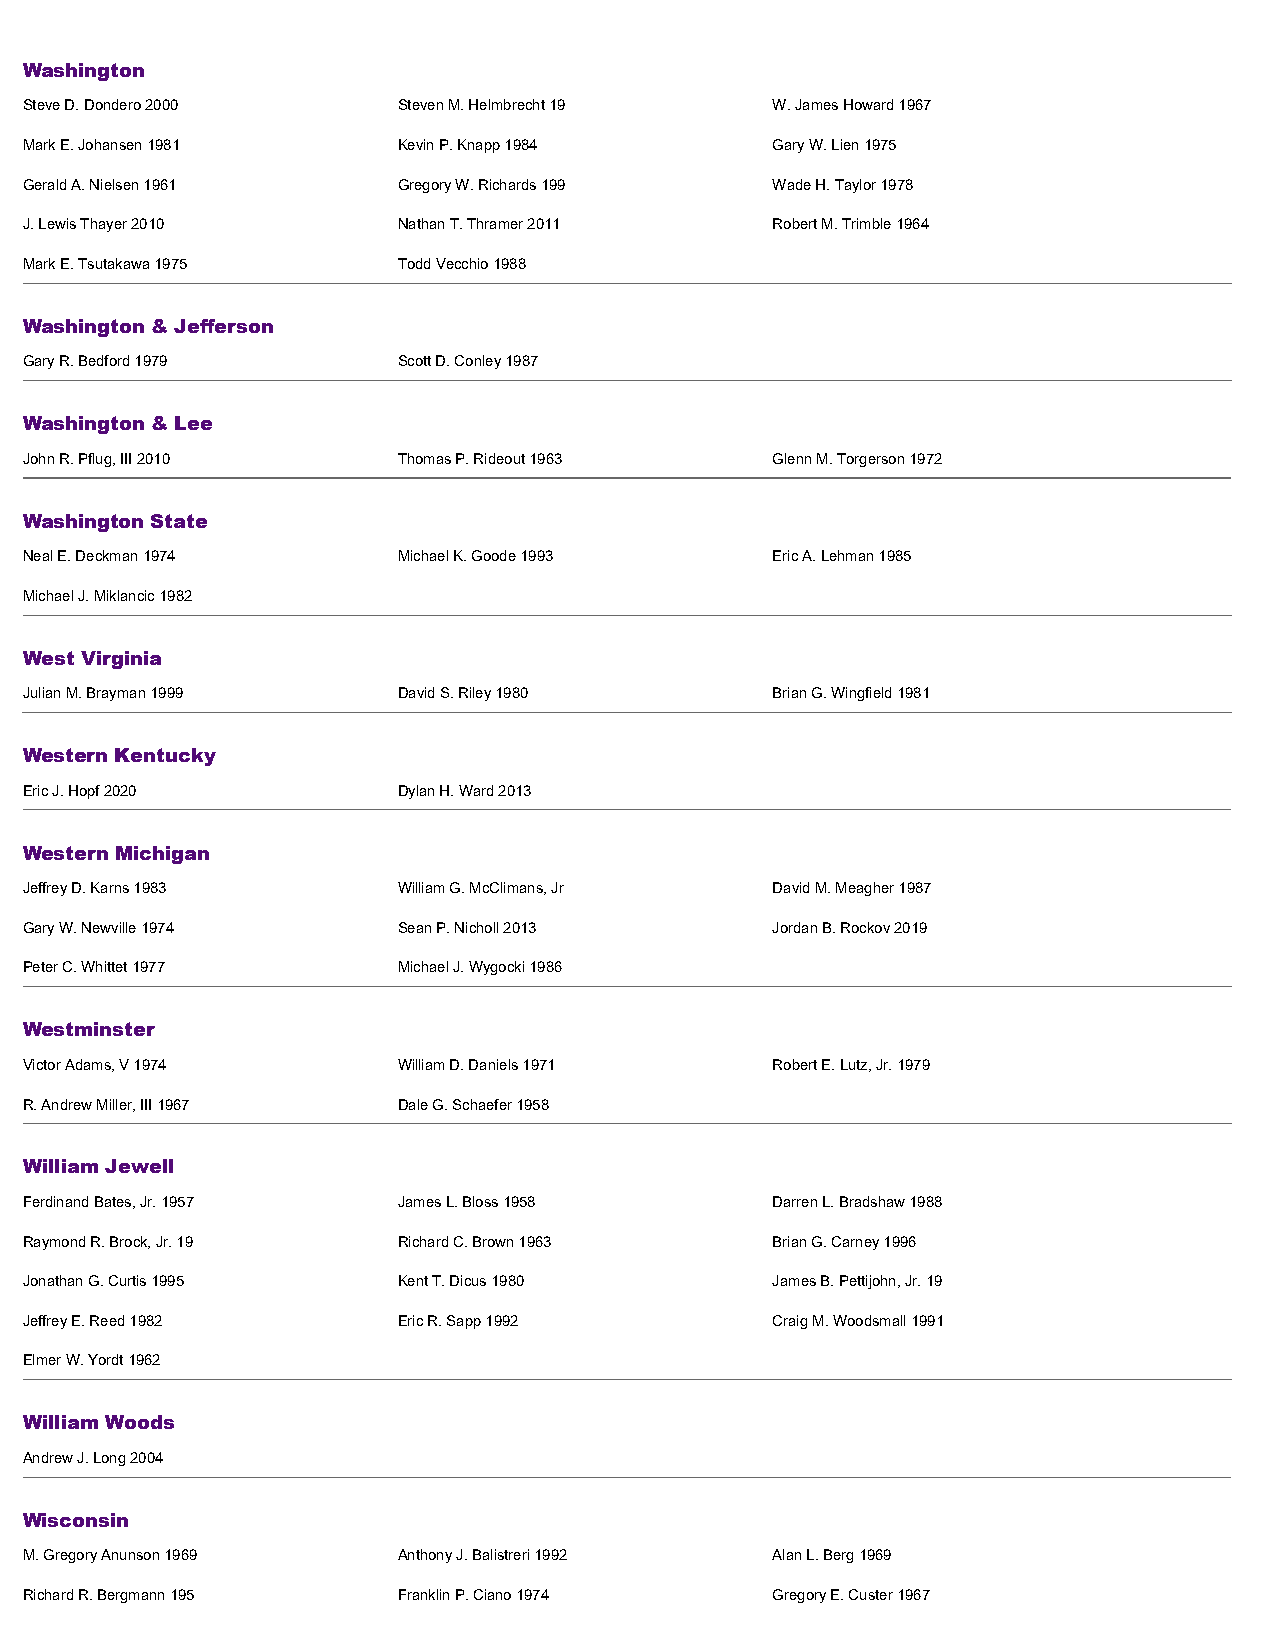
Washington
 Steve D. Dondero 2000    Steven M. Helmbrecht 19  W. James Howard 1967
 Mark E. Johansen 1981    Kevin P. Knapp 1984      Gary W. Lien 1975
 Gerald A. Nielsen 1961   Gregory W. Richards 199  Wade H. Taylor 1978
 J. Lewis Thayer 2010     Nathan T. Thramer 2011   Robert M. Trimble 1964
 Mark E. Tsutakawa 1975   Todd Vecchio 1988
 Washington & Jefferson
 Gary R. Bedford 1979     Scott D. Conley 1987
 Washington & Lee
 John R. Pflug, III 2010  Thomas P. Rideout 1963   Glenn M. Torgerson 1972
 Washington State
 Neal E. Deckman 1974     Michael K. Goode 1993    Eric A. Lehman 1985
 Michael J. Miklancic 1982
 West Virginia
 Julian M. Brayman 1999   David S. Riley 1980      Brian G. Wingfield 1981
 Western Kentucky
 Eric J. Hopf 2020        Dylan H. Ward 2013
 Western Michigan
 Jeffrey D. Karns 1983    William G. McClimans, Jr David M. Meagher 1987
 Gary W. Newville 1974    Sean P. Nicholl 2013     Jordan B. Rockov 2019
 Peter C. Whittet 1977    Michael J. Wygocki 1986
 Westminster
 Victor Adams, V 1974     William D. Daniels 1971  Robert E. Lutz, Jr. 1979
 R. Andrew Miller, III 1967 Dale G. Schaefer 1958
 William Jewell
 Ferdinand Bates, Jr. 1957 James L. Bloss 1958     Darren L. Bradshaw 1988
 Raymond R. Brock, Jr. 19 Richard C. Brown 1963    Brian G. Carney 1996
 Jonathan G. Curtis 1995  Kent T. Dicus 1980       James B. Pettijohn, Jr. 19
 Jeffrey E. Reed 1982     Eric R. Sapp 1992        Craig M. Woodsmall 1991
 Elmer W. Yordt 1962
 William Woods
 Andrew J. Long 2004
 Wisconsin
 M. Gregory Anunson 1969  Anthony J. Balistreri 1992 Alan L. Berg 1969
 Richard R. Bergmann 195  Franklin P. Ciano 1974   Gregory E. Custer 1967